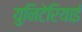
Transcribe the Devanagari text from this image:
युनिटेरियाई